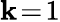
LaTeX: \mathbf{k}\! =\! 1